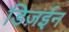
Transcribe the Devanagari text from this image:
डिज़ईन